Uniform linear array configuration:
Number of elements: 8
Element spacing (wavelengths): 1
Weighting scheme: uniform
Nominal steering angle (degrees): -45
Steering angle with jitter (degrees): -43.571
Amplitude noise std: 0.05
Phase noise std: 0.05

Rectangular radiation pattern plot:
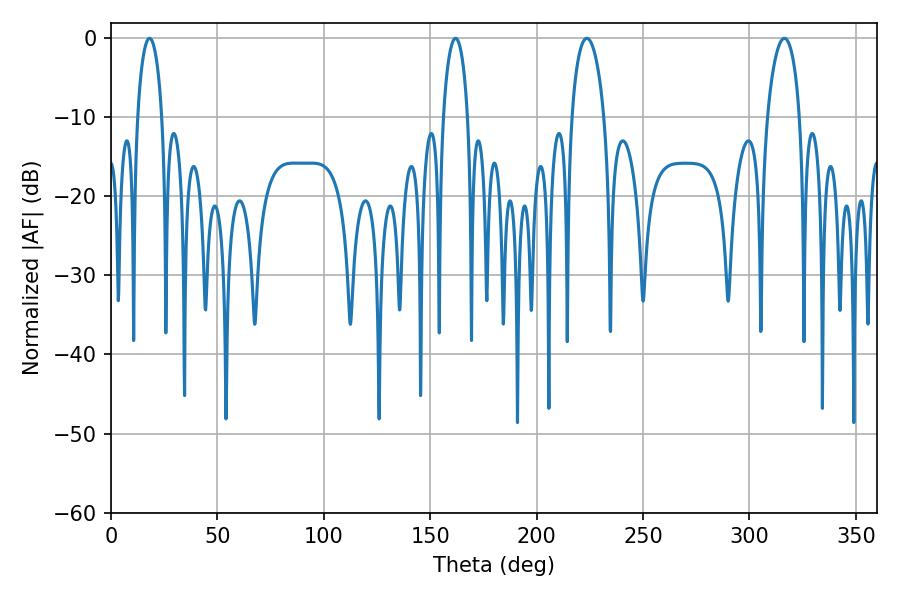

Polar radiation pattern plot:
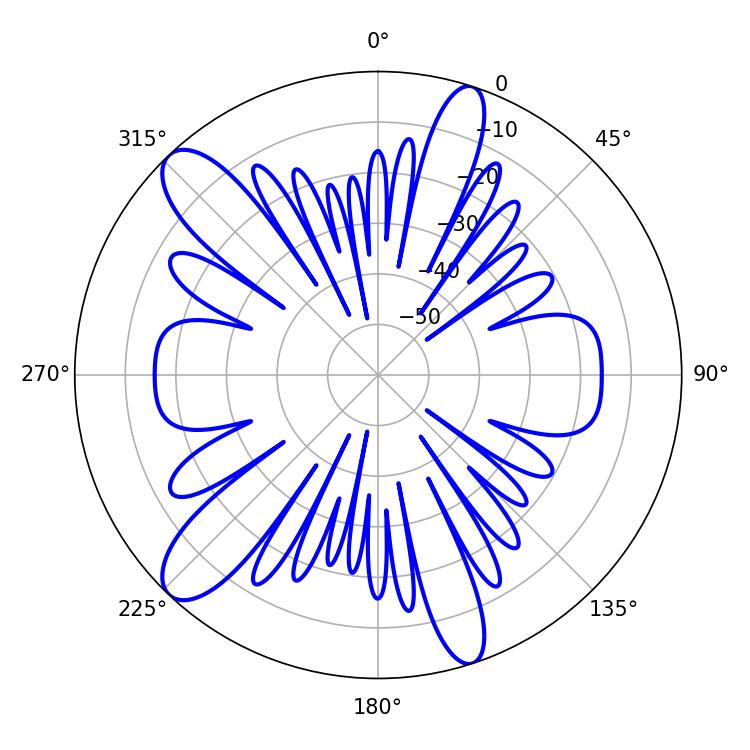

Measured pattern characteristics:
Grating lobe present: TRUE
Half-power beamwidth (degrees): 8.64
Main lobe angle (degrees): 223.56